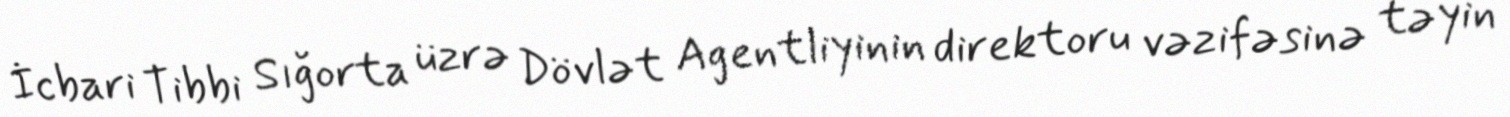
İcbari Tibbi Sığorta üzrə Dövlət Agentliyinin direktoru vəzifəsinə təyin